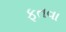
ફતવા